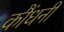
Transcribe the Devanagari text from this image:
कौंधनी